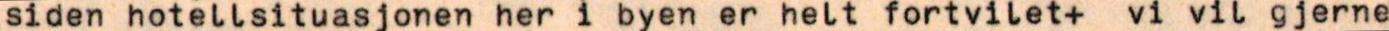
siden hotellsituasjonen her i byen er helt fortvilet+ vi vil gjerne